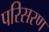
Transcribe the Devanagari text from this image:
परिसरण